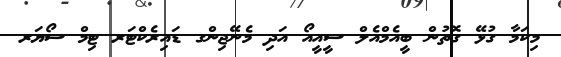
މިކަމާ ގުޅޭ ގޮތުން ބީއެމްއެލް ސީއީއޯ އަދި މެނޭޖިންގ ޑައިރެކްޓަރ ޓިމް ސޯޔަރ